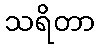
သရိတာ